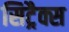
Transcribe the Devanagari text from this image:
सिट्रैक्स